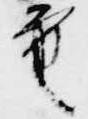
重